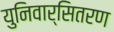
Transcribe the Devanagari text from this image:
युनिवार्सितरण